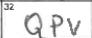
Transcription: QPV